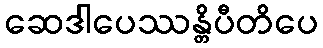
ဆေဒါပေဿန္တိပီတိပေ